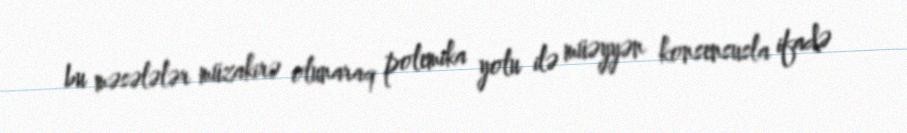
bu məsələlər müzakirə olunaraq polemika yolu ilə müəyyən konsensusla ifadə